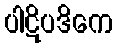
ပါဋိပဒိကေ